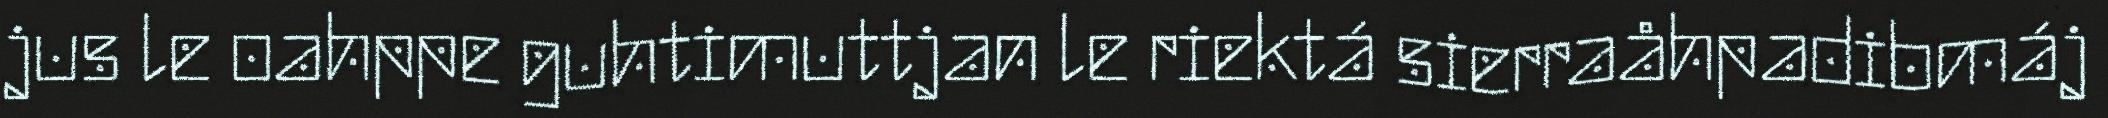
jus le oahppe guhtimuttjan le riektá sierraåhpadibmáj